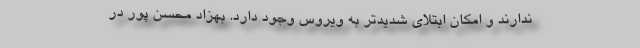
ندارند و امکان ابتلای شدیدتر به ویروس وجود دارد. بهزاد محسن پور در